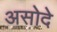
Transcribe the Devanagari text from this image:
असोदे